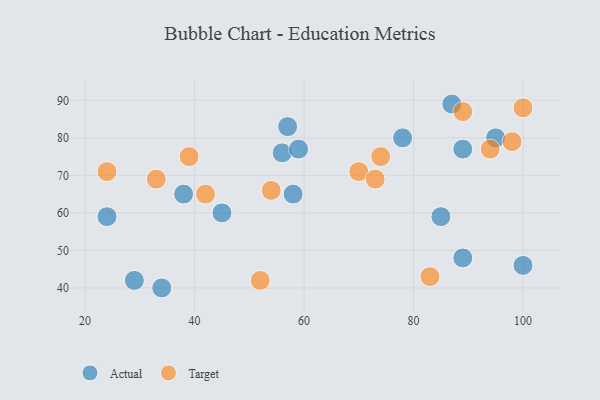
{"axis": {"x": "GDP", "y": "Life Expectancy"}, "legend": ["Actual", "Target"], "data": [{"x": "56", "y": 76, "type": "Actual"}, {"x": "34", "y": 40, "type": "Actual"}, {"x": "85", "y": 59, "type": "Actual"}, {"x": "95", "y": 80, "type": "Actual"}, {"x": "78", "y": 80, "type": "Actual"}, {"x": "45", "y": 60, "type": "Actual"}, {"x": "100", "y": 46, "type": "Actual"}, {"x": "87", "y": 89, "type": "Actual"}, {"x": "89", "y": 77, "type": "Actual"}, {"x": "38", "y": 65, "type": "Actual"}, {"x": "24", "y": 59, "type": "Actual"}, {"x": "29", "y": 42, "type": "Actual"}, {"x": "59", "y": 77, "type": "Actual"}, {"x": "58", "y": 65, "type": "Actual"}, {"x": "89", "y": 48, "type": "Actual"}, {"x": "57", "y": 83, "type": "Actual"}, {"x": "70", "y": 71, "type": "Target"}, {"x": "74", "y": 75, "type": "Target"}, {"x": "98", "y": 79, "type": "Target"}, {"x": "39", "y": 75, "type": "Target"}, {"x": "94", "y": 77, "type": "Target"}, {"x": "52", "y": 42, "type": "Target"}, {"x": "33", "y": 69, "type": "Target"}, {"x": "54", "y": 66, "type": "Target"}, {"x": "89", "y": 87, "type": "Target"}, {"x": "42", "y": 65, "type": "Target"}, {"x": "100", "y": 88, "type": "Target"}, {"x": "73", "y": 69, "type": "Target"}, {"x": "83", "y": 43, "type": "Target"}, {"x": "24", "y": 71, "type": "Target"}]}